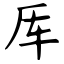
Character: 厍